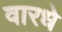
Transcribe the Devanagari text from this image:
वारधे